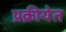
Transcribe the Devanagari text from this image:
प्रक्रीयेत